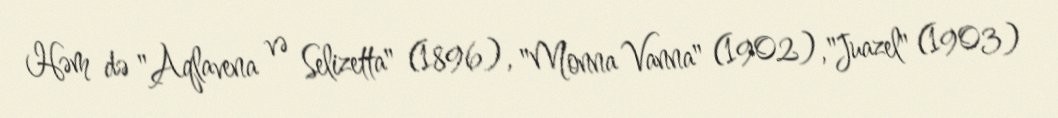
Həm də "Aqlavena və Selizetta" (1896), "Monna Vanna" (1902), "Juazel" (1903)